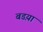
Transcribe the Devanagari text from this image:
बडय़ा